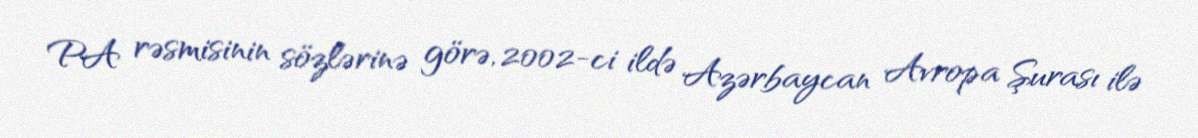
PA rəsmisinin sözlərinə görə, 2002-ci ildə Azərbaycan Avropa Şurası ilə